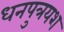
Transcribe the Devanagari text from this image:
धनपुत्रयश